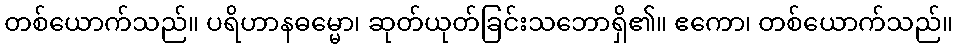
တစ်ယောက်သည်။ ပရိဟာနဓမ္မော၊ ဆုတ်ယုတ်ခြင်းသဘောရှိ၏။ ဧကော၊ တစ်ယောက်သည်။